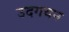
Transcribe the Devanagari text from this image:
उदगयन